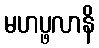
မဟပ္ဖလာနိ